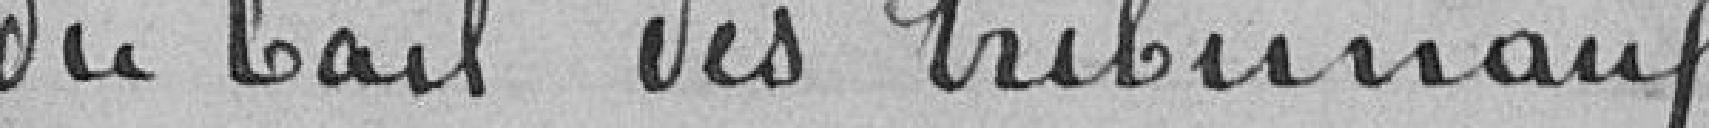
du bail des tribunaux